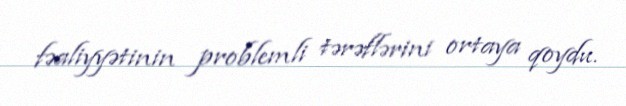
fəaliyyətinin problemli tərəflərini ortaya qoydu.